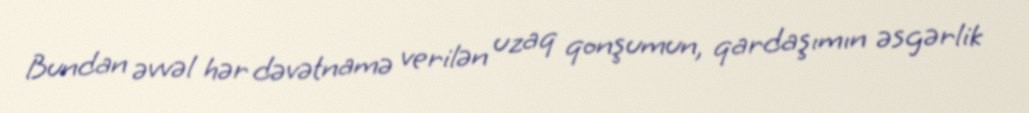
Bundan əvvəl hər dəvətnamə verilən uzaq qonşumun, qardaşımın əsgərlik